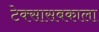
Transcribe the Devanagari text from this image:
टेक्सासबकाला